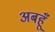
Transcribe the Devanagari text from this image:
अबहूँ